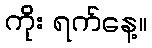
ကိုး ရက်နေ့။